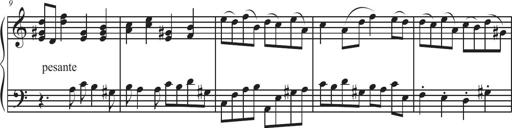
Title: Sonatina Espania
Composer: Jerald Franklin Archer
Key: Various